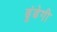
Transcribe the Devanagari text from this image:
ढूंढेगी